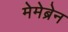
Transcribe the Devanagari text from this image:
मेमेब्रेन